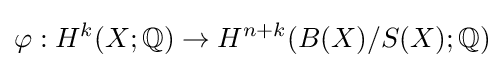
\varphi :H^{k}(X;\mathbb {Q} )\to H^{n+k}(B(X)/S(X);\mathbb {Q} )